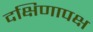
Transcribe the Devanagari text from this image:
दक्षिणापक्ष